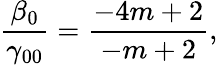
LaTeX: {\frac{\beta_{0}}{\gamma_{00}}}={\frac{-4m+2}{-m+2}},